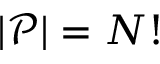
| \mathcal { P } | = N !